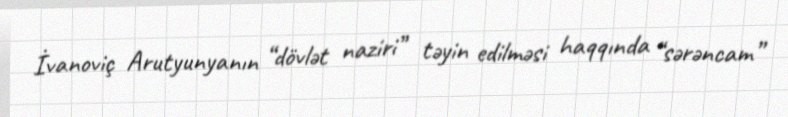
İvanoviç Arutyunyanın “dövlət naziri” təyin edilməsi haqqında “sərəncam”